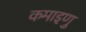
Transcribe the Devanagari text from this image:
कमाइणु